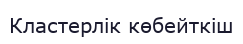
Кластерлік көбейткіш